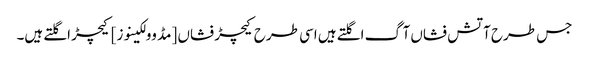
جس طرح آتش فشاں آگ اگلتے ہیں اسی طرح کیچڑ فشاں [مڈ وولکینوز] کیچڑ اگلتے ہیں۔